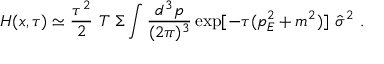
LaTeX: H ( x , \tau ) \simeq { \frac { \tau ^ { 2 } } { 2 } } ~ T ~ \Sigma \int { \frac { d ^ { 3 } p } { ( 2 \pi ) ^ { 3 } } } \exp [ - \tau ( p _ { E } ^ { 2 } + m ^ { 2 } ) ] ~ \hat { \sigma } ^ { 2 } ~ .